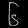
Digit: ၆